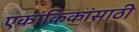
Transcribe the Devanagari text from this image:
एकांकिकांसाठी